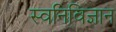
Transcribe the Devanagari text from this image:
स्वनिविज्ञान